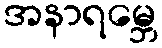
အနာရမ္ဘေ